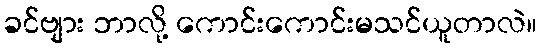
ခင်ဗျား ဘာလို့ ကောင်းကောင်းမသင်ယူတာလဲ။